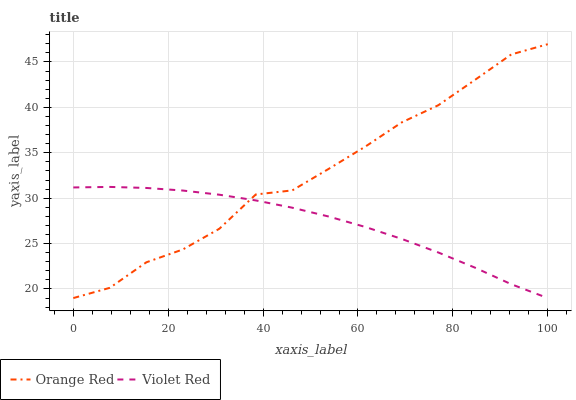
| xaxis_label | Orange Red | Violet Red |
 | --- | --- | --- |
 | 0 | 19 | 31.2 |
 | 7.69 | 20.1 | 31.2 |
 | 15.4 | 22.9 | 31.1 |
 | 23.1 | 24.4 | 30.8 |
 | 30.8 | 26.6 | 30.4 |
 | 38.5 | 30.4 | 29.8 |
 | 46.2 | 30.9 | 29 |
 | 53.8 | 33.2 | 28 |
 | 61.5 | 35.7 | 26.8 |
 | 69.2 | 38.4 | 25.5 |
 | 76.9 | 40.2 | 24 |
 | 84.6 | 43 | 22.4 |
 | 92.3 | 45.8 | 20.5 |
 | 100 | 47 | 19 |